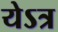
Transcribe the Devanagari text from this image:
येऽत्र